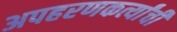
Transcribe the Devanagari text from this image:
अपहरणकर्त्यांची